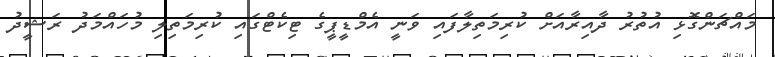
މައްޗަންގޮޅި އުތުރު ދާއިރާއަށް ކުރިމަތިލާފައި ވަނީ އެމްޑީޕީގެ ޓިކެޓްގައި ކުރިމަތިލި މުހައްމަދު ރަޝީދު